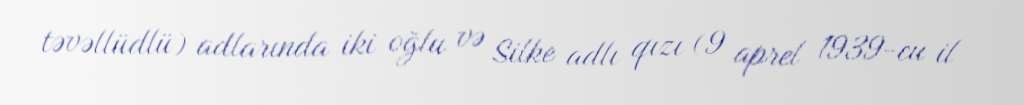
təvəllüdlü) adlarında iki oğlu və Silke adlı qızı (9 aprel 1939-cu il